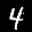
Label: 4